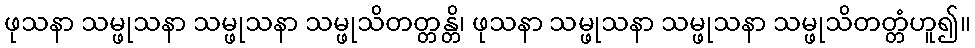
ဖုသနာ သမ္ဖုသနာ သမ္ဖုသနာ သမ္ဖုသိတတ္တန္တိ၊ ဖုသနာ သမ္ဖုသနာ သမ္ဖုသနာ သမ္ဖုသိတတ္တံဟူ၍။